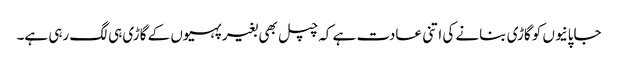
جاپانیوں کو گاڑی بنانے کی اتنی عادت ہے کہ چپل بھی بغیر پہیوں کے گاڑی ہی لگ رہی ہے۔